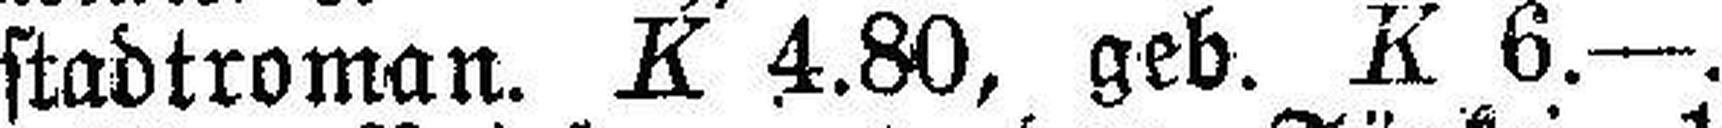
stadtroman. K 4.80, geb. K 6.—.